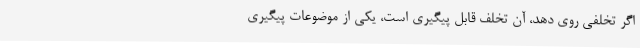
اگر تخلفی روی دهد، آن تخلف قابل پیگیری است، یکی از موضوعات پیگیری